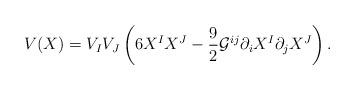
\begin{align*}V(X)=V_{I}V_{J}\left( 6X^{I}X^{J}-\frac{9}{2}\mathcal{G}^{ij}\partial_{i}X^{I}\partial _{j}X^{J}\right) . \end{align*}